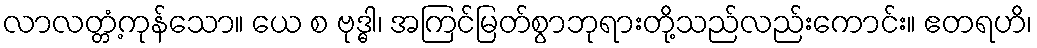
လာလတ္တံ့ကုန်သော။ ယေ စ ဗုဒ္ဓါ၊ အကြင်မြတ်စွာဘုရားတို့သည်လည်းကောင်း။ ဧတရဟိ၊